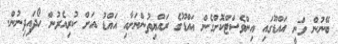
ބޭނުން ވަނީ އައްޑޫގައި އިންވެސްޓްކޮށްގެން އައްޑޫގެ ރައްޔިތުންނަށާއި އައްޑު އަށް ކުރިއެރުން ހޯދައިދިނުން.